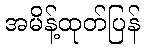
အမိန့်ထုတ်ပြန်